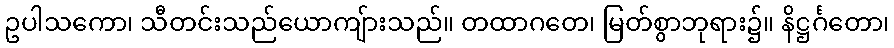
ဥပါသကော၊ သီတင်းသည်ယောကျ်ားသည်။ တထာဂတေ၊ မြတ်စွာဘုရား၌။ နိဋ္ဌင်္ဂတော၊